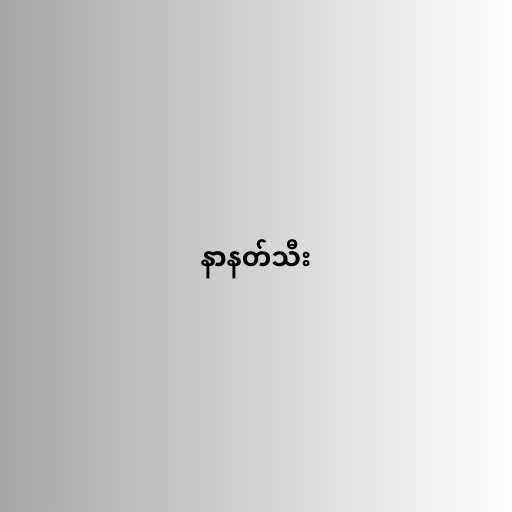
နာနတ်သီး